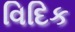
વિદિક